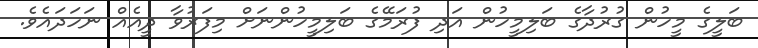
ބަލީގެ މީހުން ގުރުދާގެ ބަލިމީހުން އަދި ފުރަމޭގެ ބަލިމީހުންނަށް މިފަރުވާ ދީއެއް ނަހަދައެވެ.